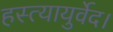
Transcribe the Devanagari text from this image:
हस्त्यायुर्वेद।